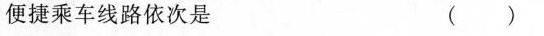
便捷乘车线路依次是 ( )